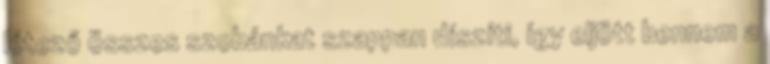
létező összes szobánkat szappan díszíti, így eljött bennem a